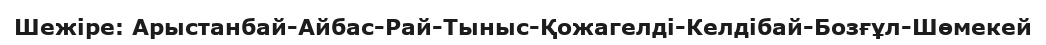
Шежіре: Арыстанбай-Айбас-Рай-Тыныс-Қожагелді-Келдібай-Бозғұл-Шөмекей